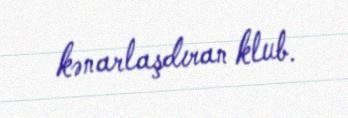
kənarlaşdıran klub.